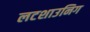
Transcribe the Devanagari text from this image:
लटशाउनिग